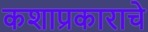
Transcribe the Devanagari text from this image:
कशाप्रकाराचे